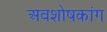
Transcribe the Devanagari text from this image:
अवशोषकांग